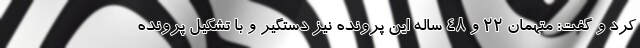
کرد و گفت: متهمان ۲۲ و ۴۸ ساله این پرونده نیز دستگیر و با تشکیل پرونده